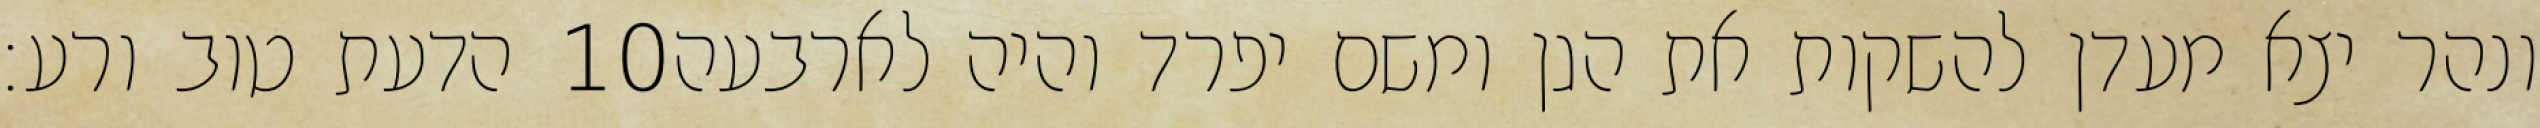
הדעת טוב ורע׃ ‎10‏ ונהר יצא מעדן להשקות את הגן ומשם יפרד והיה לארבעה